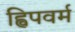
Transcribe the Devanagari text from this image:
ह्विपवर्म